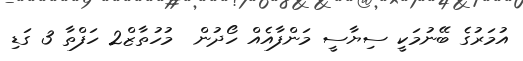
އުމަރުގެ ބޭނުމަކީ ސިޔާސީ މަންފާއެއް ހޯދުން  މުހުތާޒް2 ހަފްތާ 3 ގަޑި